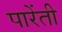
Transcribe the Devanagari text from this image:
पारेंती